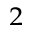
^ 2